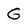
Character: G